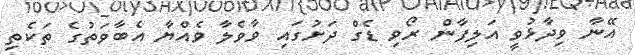
އޭނާ ވިދާޅުވީ އަލިފާން ރޯވި ޑެގް ދަށުގައި ވާވެލާ ވެއްޔާ އެބާވަތުގެ ތަކެތި